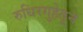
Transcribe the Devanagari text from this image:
रुधिरगुहेतून